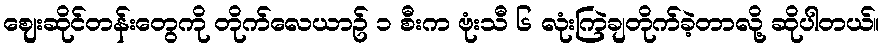
ဈေးဆိုင်တန်းတွေကို တိုက်လေယာဥ် ၁ စီးက ဗုံးသီ ၆ လုံးကြဲချတိုက်ခဲ့တာလို့ ဆိုပါတယ်။